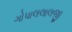
ગોપાલલાલજી